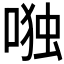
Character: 𰈋